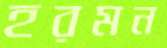
হরমন